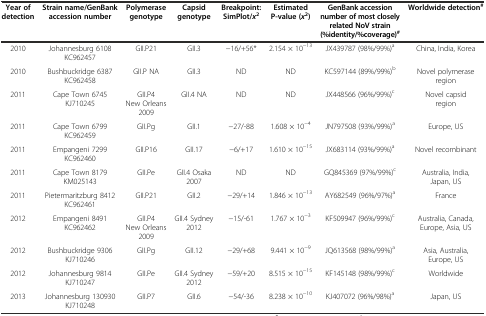
<table><thead><tr><td><b>Year of detection</b></td><td><b>Strain name/GenBank accession number</b></td><td><b>Polymerase genotype</b></td><td><b>Capsid genotype</b></td><td><b>Breakpoint: SimPlot/<i>x</i><sup>2</sup></b></td><td><b>Estimated P-value (<i>x</i><sup>2</sup>)</b></td><td><b>GenBank accession number of most closely related NoV strain (%identity/%coverage)<sup>#</sup></b></td><td><b>Worldwide detection<sup>#</sup></b></td></tr></thead><tbody><tr><td>2010</td><td>Johannesburg 6108 KC962457</td><td>GII.P21</td><td>GII.3</td><td>−16/+56*</td><td>2.154 × 10<sup>−13</sup></td><td>JX439787 (98%/99%)<sup>a</sup></td><td>China, India, Korea</td></tr><tr><td>2010</td><td>Bushbuckridge 6387 KC962458</td><td>GII.P NA</td><td>GII.3</td><td>ND</td><td>ND</td><td>KC597144 (89%/99%)<sup>b</sup></td><td>Novel polymerase region</td></tr><tr><td>2011</td><td>Cape Town 6745 KJ710245</td><td>GII.P4 New Orleans 2009</td><td>GII.4 NA</td><td>ND</td><td>ND</td><td>JX448566 (96%/99%)<sup>c</sup></td><td>Novel capsid region</td></tr><tr><td>2011</td><td>Cape Town 6799 KC962459</td><td>GII.Pg</td><td>GII.1</td><td>−27/-88</td><td>1.608 × 10<sup>−4</sup></td><td>JN797508 (93%/99%)<sup>a</sup></td><td>Europe, US</td></tr><tr><td>2011</td><td>Empangeni 7299 KC962460</td><td>GII.P16</td><td>GII.17</td><td>−6/+17</td><td>1.610 × 10<sup>−15</sup></td><td>JX683114 (93%/99%)<sup>a</sup></td><td>Novel recombinant</td></tr><tr><td>2011</td><td>Cape Town 8179 KM025143</td><td>GII.Pe</td><td>GII.4 Osaka 2007</td><td>ND</td><td>ND</td><td>GQ845369 (97%/99%)<sup>c</sup></td><td>Australia, India, Japan, US</td></tr><tr><td>2011</td><td>Pietermaritzburg 8412 KC962461</td><td>GII.P21</td><td>GII.2</td><td>−29/+14</td><td>1.846 × 10<sup>−13</sup></td><td>AY682549 (96%/97%)<sup>a</sup></td><td>France</td></tr><tr><td>2012</td><td>Empangeni 8491 KC962462</td><td>GII.P4 New Orleans 2009</td><td>GII.4 Sydney 2012</td><td>−15/-61</td><td>1.767 × 10<sup>−3</sup></td><td>KF509947 (96%/99%)<sup>c</sup></td><td>Australia, Canada, Europe, Asia, US</td></tr><tr><td>2012</td><td>Bushbuckridge 9306 KJ710246</td><td>GII.Pg</td><td>GII.12</td><td>−29/+68</td><td>9.441 × 10<sup>−9</sup></td><td>JQ613568 (98%/99%)<sup>a</sup></td><td>Asia, Australia, Europe, US</td></tr><tr><td>2012</td><td>Johannesburg 9814 KJ710247</td><td>GII.Pe</td><td>GII.4 Sydney 2012</td><td>−59/+20</td><td>8.515 × 10<sup>−15</sup></td><td>KF145148 (98%/99%)<sup>c</sup></td><td>Worldwide</td></tr><tr><td>2013</td><td>Johannesburg 130930 KJ710248</td><td>GII.P7</td><td>GII.6</td><td>−54/-36</td><td>8.238 × 10<sup>−10</sup></td><td>KJ407072 (96%/98%)<sup>a</sup></td><td>Japan, US</td></tr></tbody></table>